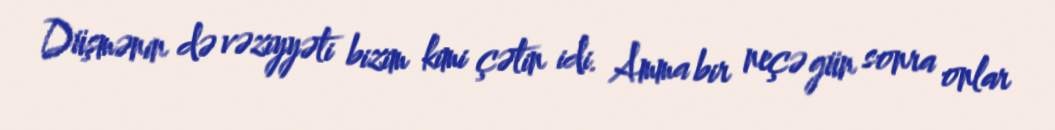
Düşmənin də vəziyyəti bizim kimi çətin idi. Amma bir neçə gün sonra onlar